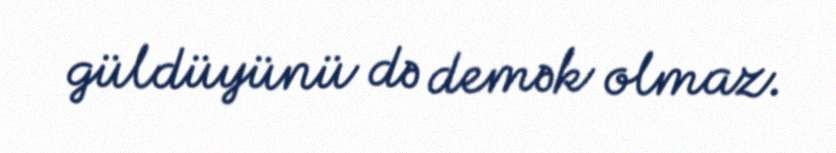
güldüyünü də demək olmaz.